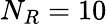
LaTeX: N_{R}=10